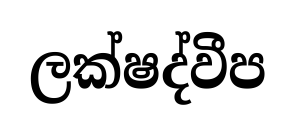
ලක්ෂද්වීප